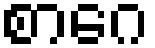
စာဂေ